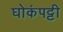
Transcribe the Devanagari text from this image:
घोकंपट्टी